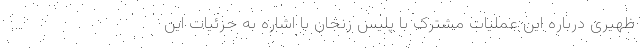
ظهیری درباره این عملیات مشترک با پلیس زنجان با اشاره به جزئیات این